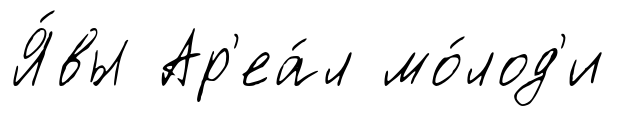
Я́вы Ар'еа́л мо́лод'и